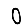
Digit: 0